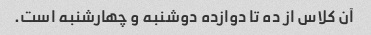
آن کلاس از ده تا دوازده دوشنبه و چهارشنبه است.